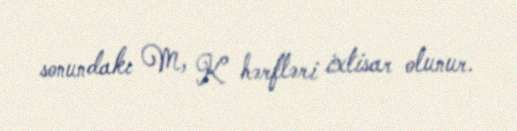
sonundakı M, K hərfləri ixtisar olunur.